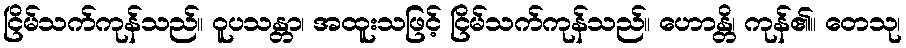
ငြိမ်သက်ကုန်သည်။ ဝူပသန္တာ၊ အထူးသဖြင့် ငြိမ်သက်ကုန်သည်။ ဟောန္တိ၊ ကုန်၏။ တေသု၊